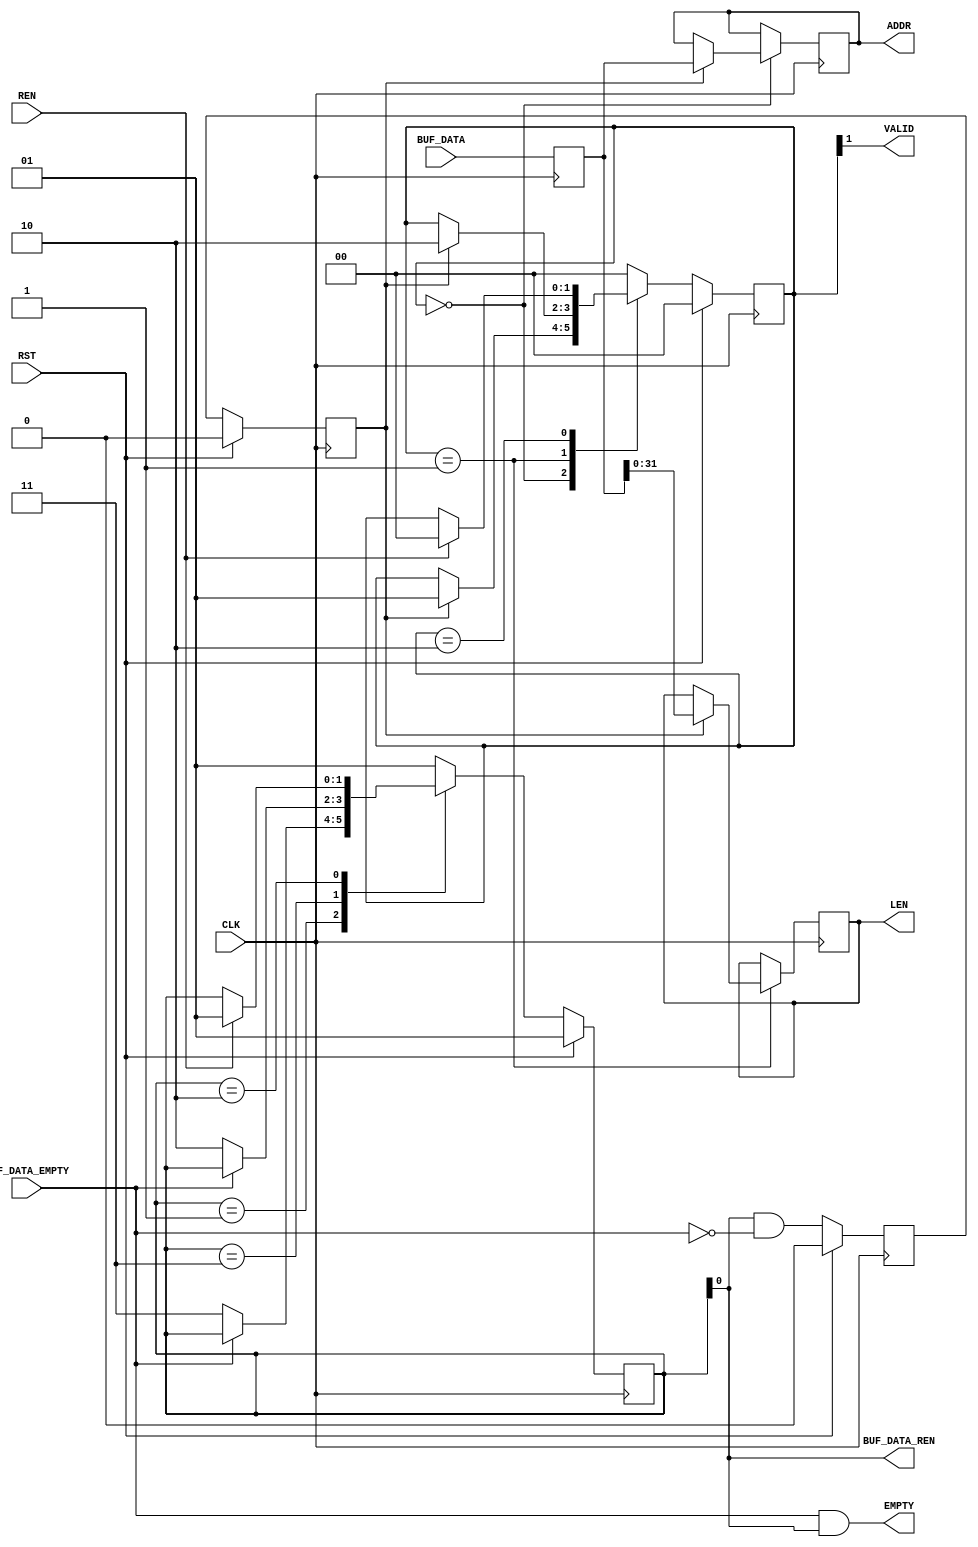
// ----------------------------------------------------------------------
// Copyright (c) 2015, The Regents of the University of California All
// rights reserved.
// 
// Redistribution and use in source and binary forms, with or without
// modification, are permitted provided that the following conditions are
// met:
// 
//     * Redistributions of source code must retain the above copyright
//       notice, this list of conditions and the following disclaimer.
// 
//     * Redistributions in binary form must reproduce the above
//       copyright notice, this list of conditions and the following
//       disclaimer in the documentation and/or other materials provided
//       with the distribution.
// 
//     * Neither the name of The Regents of the University of California
//       nor the names of its contributors may be used to endorse or
//       promote products derived from this software without specific
//       prior written permission.
// 
// THIS SOFTWARE IS PROVIDED BY THE COPYRIGHT HOLDERS AND CONTRIBUTORS
// "AS IS" AND ANY EXPRESS OR IMPLIED WARRANTIES, INCLUDING, BUT NOT
// LIMITED TO, THE IMPLIED WARRANTIES OF MERCHANTABILITY AND FITNESS FOR
// A PARTICULAR PURPOSE ARE DISCLAIMED. IN NO EVENT SHALL REGENTS OF THE
// UNIVERSITY OF CALIFORNIA BE LIABLE FOR ANY DIRECT, INDIRECT,
// INCIDENTAL, SPECIAL, EXEMPLARY, OR CONSEQUENTIAL DAMAGES (INCLUDING,
// BUT NOT LIMITED TO, PROCUREMENT OF SUBSTITUTE GOODS OR SERVICES; LOSS
// OF USE, DATA, OR PROFITS; OR BUSINESS INTERRUPTION) HOWEVER CAUSED AND
// ON ANY THEORY OF LIABILITY, WHETHER IN CONTRACT, STRICT LIABILITY, OR
// TORT (INCLUDING NEGLIGENCE OR OTHERWISE) ARISING IN ANY WAY OUT OF THE
// USE OF THIS SOFTWARE, EVEN IF ADVISED OF THE POSSIBILITY OF SUCH
// DAMAGE.
// ----------------------------------------------------------------------
//----------------------------------------------------------------------------
// Version:				1.00.a
// Verilog Standard:	Verilog-2001
// Description:			Reads data from the scatter gather list buffer.
// History:				@mattj: Version 2.0
//-----------------------------------------------------------------------------
`define S_SGR64_RD_0		2'b01
`define S_SGR64_RD_1		2'b11
`define S_SGR64_RD_WAIT		2'b10

`define S_SGR64_CAP_0		2'b00
`define S_SGR64_CAP_1		2'b01
`define S_SGR64_CAP_RDY		2'b10

`timescale 1ns/1ns
module sg_list_reader_64 #(
	parameter C_DATA_WIDTH = 9'd64
)
(
	input CLK,
	input RST,

	input [C_DATA_WIDTH-1:0] BUF_DATA,	// Scatter gather buffer data 
	input BUF_DATA_EMPTY,				// Scatter gather buffer data empty
	output BUF_DATA_REN,				// Scatter gather buffer data read enable

	output VALID,						// Scatter gather element data is valid
	output EMPTY,						// Scatter gather elements empty
	input REN,							// Scatter gather element data read enable
	output [63:0] ADDR,					// Scatter gather element address
	output [31:0] LEN					// Scatter gather element length (in words)
);

(* syn_encoding = "user" *)
(* fsm_encoding = "user" *)
reg		[1:0]				rRdState=`S_SGR64_RD_0, _rRdState=`S_SGR64_RD_0;

(* syn_encoding = "user" *)
(* fsm_encoding = "user" *)
reg		[1:0]				rCapState=`S_SGR64_CAP_0, _rCapState=`S_SGR64_CAP_0;
reg		[C_DATA_WIDTH-1:0]	rData={C_DATA_WIDTH{1'd0}}, _rData={C_DATA_WIDTH{1'd0}};
reg		[63:0]				rAddr=64'd0, _rAddr=64'd0;
reg		[31:0]				rLen=0, _rLen=0;
reg							rFifoValid=0, _rFifoValid=0;
reg							rDataValid=0, _rDataValid=0;


assign BUF_DATA_REN = rRdState[0]; // Not S_SGR64_RD_WAIT
assign VALID = rCapState[1]; // S_SGR64_CAP_RDY
assign EMPTY = (BUF_DATA_EMPTY & rRdState[0]); // Not S_SGR64_RD_WAIT
assign ADDR = rAddr;
assign LEN = rLen;


// Capture address and length as it comes out of the FIFO
always @ (posedge CLK) begin
	rRdState <= #1 (RST ? `S_SGR64_RD_0 : _rRdState);
	rCapState <= #1 (RST ? `S_SGR64_CAP_0 : _rCapState);
	rData <= #1 _rData;
	rFifoValid <= #1 (RST ? 1'd0 : _rFifoValid);
	rDataValid <= #1 (RST ? 1'd0 : _rDataValid);
	rAddr <= #1 _rAddr;
	rLen <= #1 _rLen;
end

always @ (*) begin
	_rRdState = rRdState;
	_rCapState = rCapState;
	_rAddr = rAddr;
	_rLen = rLen;
	_rData = BUF_DATA;
	_rFifoValid = (BUF_DATA_REN & !BUF_DATA_EMPTY);
	_rDataValid = rFifoValid;

	case (rCapState)
	
	`S_SGR64_CAP_0: begin
		if (rDataValid) begin
			_rAddr = rData;
			_rCapState = `S_SGR64_CAP_1;
		end
	end
	
	`S_SGR64_CAP_1: begin
		if (rDataValid) begin
			_rLen = rData[31:0];
			_rCapState = `S_SGR64_CAP_RDY;
		end
	end

	`S_SGR64_CAP_RDY: begin
		if (REN)
			_rCapState = `S_SGR64_CAP_0;
	end

	default: begin
		_rCapState = `S_SGR64_CAP_0;
	end
	
	endcase

	case (rRdState)

	`S_SGR64_RD_0: begin // Read from the sg data FIFO
		if (!BUF_DATA_EMPTY)
			_rRdState = `S_SGR64_RD_1;
	end

	`S_SGR64_RD_1: begin // Read from the sg data FIFO
		if (!BUF_DATA_EMPTY)
			_rRdState = `S_SGR64_RD_WAIT;
	end

	`S_SGR64_RD_WAIT: begin // Wait for the data to be consumed
		if (REN)
			_rRdState = `S_SGR64_RD_0;
	end

	default: begin
		_rRdState = `S_SGR64_RD_0;
	end
	
	endcase
end

endmodule